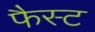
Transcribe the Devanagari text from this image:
फैस्ट